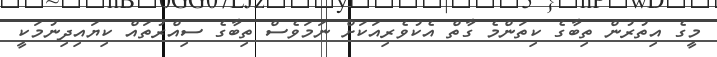
މީގެ އިތުރުން ތިބާގެ ކިތަންމެ ގާތް އެކުވެރިއަކަށް ނަމަވެސް ތިބާގެ ސިއްރުތައް ކިޔައިދިނުމަކީ